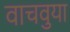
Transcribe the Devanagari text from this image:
वाचवुया